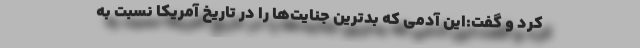
کرد و گفت:این آدمی که بدترین جنایت‌ها را در تاریخ آمریکا نسبت به